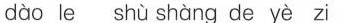
dào le shù shàng de yè zi